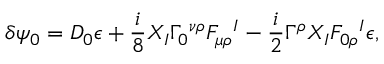
\delta \psi _ { 0 } = D _ { 0 } \epsilon + { \frac { i } { 8 } } X _ { I } \Gamma _ { 0 } { } ^ { \nu \rho } F _ { \mu \rho } { } ^ { I } - { \frac { i } { 2 } } \Gamma ^ { \rho } X _ { I } F _ { 0 \rho } { } ^ { I } \epsilon ,